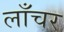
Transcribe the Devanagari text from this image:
लाँचर